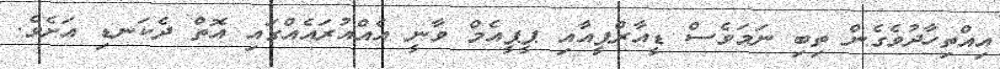
އިއްތިހާދުވެގެން ތިބި ނަމަވެސް ޑީއާރްޕީއާއި ޕީޕީއެމް ވާނީ އެއްއުރައެއްގައި އޮތް ދެކަނޑި އަށެވެ.